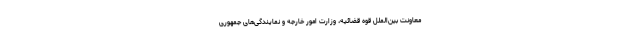
معاونت بین‌الملل قوه قضائیه، وزارت امور خارجه و نمایندگی‌های جمهوری